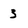
Character: 3